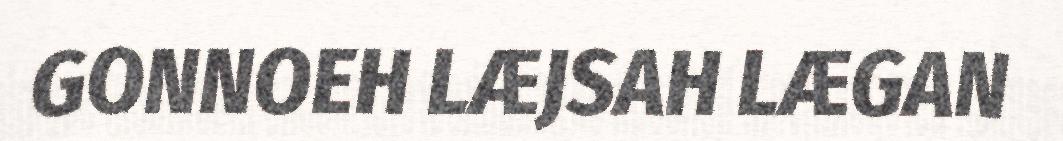
GONNOEH LÆJSAH LÆGAN